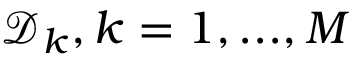
\mathcal { D } _ { k } , k = 1 , . . . , M